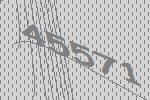
45571